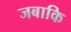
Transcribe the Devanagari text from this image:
जबाकि